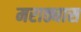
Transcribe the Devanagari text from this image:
मराठ्यास